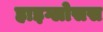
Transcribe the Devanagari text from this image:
हाइग्लोसस